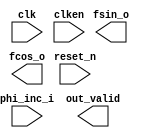
// Generated by NCO 13.1 [Altera, IP Toolbench 1.3.0 Build 162]
// ************************************************************
// THIS IS A WIZARD-GENERATED FILE. DO NOT EDIT THIS FILE!
// ************************************************************
// Copyright (C) 1991-2018 Altera Corporation
// Any megafunction design, and related net list (encrypted or decrypted),
// support information, device programming or simulation file, and any other
// associated documentation or information provided by Altera or a partner
// under Altera's Megafunction Partnership Program may be used only to
// program PLD devices (but not masked PLD devices) from Altera.  Any other
// use of such megafunction design, net list, support information, device
// programming or simulation file, or any other related documentation or
// information is prohibited for any other purpose, including, but not
// limited to modification, reverse engineering, de-compiling, or use with
// any other silicon devices, unless such use is explicitly licensed under
// a separate agreement with Altera or a megafunction partner.  Title to
// the intellectual property, including patents, copyrights, trademarks,
// trade secrets, or maskworks, embodied in any such megafunction design,
// net list, support information, device programming or simulation file, or
// any other related documentation or information provided by Altera or a
// megafunction partner, remains with Altera, the megafunction partner, or
// their respective licensors.  No other licenses, including any licenses
// needed under any third party's intellectual property, are provided herein.

module nco (
	phi_inc_i,
	clk,
	reset_n,
	clken,
	fsin_o,
	fcos_o,
	out_valid);

	input	[31:0]	phi_inc_i;
	input		clk;
	input		reset_n;
	input		clken;
	output	[15:0]	fsin_o;
	output	[15:0]	fcos_o;
	output		out_valid;
endmodule